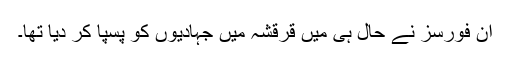
ان فورسز نے حال ہی میں قرقشہ میں جہادیوں کو پسپا کر دیا تھا۔